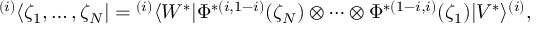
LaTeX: { } ^ { ( i ) } \langle \zeta _ { 1 } , \ldots , \zeta _ { N } | = { } ^ { ( i ) } \langle W ^ { * } | \Phi ^ { * ( i , 1 - i ) } ( \zeta _ { N } ) \otimes \cdots \otimes \Phi ^ { * ( 1 - i , i ) } ( \zeta _ { 1 } ) | V ^ { * } \rangle ^ { ( i ) } ,